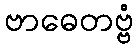
ဗာဓေတဗ္ဗံ